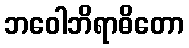
ဘဝေါဘိရာဓိတော